Civil Veterinary Department Bengal reports 1923-33 - 1923-1933
Year: 1923
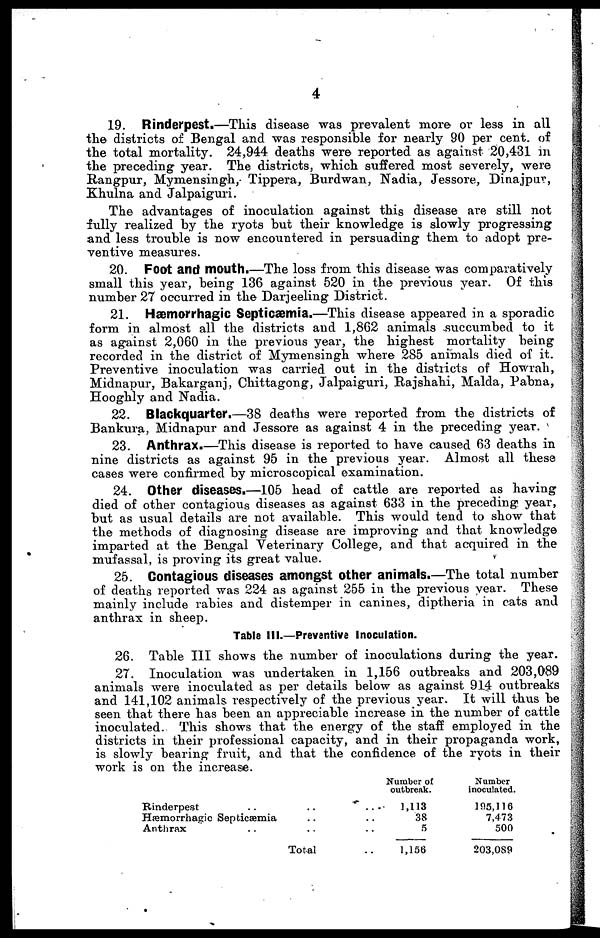
4
19. Rinderpest.—This disease was prevalent more or less in all
the districts of Bengal and was responsible for nearly 90 per cent. of
the total mortality. 24,944 deaths were reported as against 20,431 in
the preceding year. The districts, which suffered most severely, were
Rangpur, Mymensingh, Tippera, Burdwan, Nadia, Jessore, Dinajpur,
Khulna and Jalpaiguri.
The advantages of inoculation against this disease are still not
fully realized by the ryots but their knowledge is slowly progressing
and less trouble is now encountered in persuading them to adopt pre-
ventive measures.
20. Foot and mouth.—The loss from this disease was comparatively
small this year, being 136 against 520 in the previous year. Of this
number 27 occurred in the Darjeeling District.
21. Hæmorrhagic Septicæmia.—This disease appeared in a sporadic
form in almost all the districts and 1,862 animals succumbed to it
as against 2,060 in the previous year, the highest mortality being
recorded in the district of Mymensingh where 285 animals died of it.
Preventive inoculation was carried out in the districts of Howrah,
Midnapur, Bakarganj, Chittagong, Jalpaiguri, Rajshahi, Malda, Pabna,
Hooghly and Nadia.
22. Blackquarter.—38 deaths were reported from the districts of
Bankura, Midnapur and Jessore as against 4 in the preceding year.
23. Anthrax.—This disease is reported to have caused 63 deaths in
nine districts as against 95 in the previous year. Almost all these
cases were confirmed by microscopical examination.
24. Other diseases.—105 head of cattle are reported as having
died of other contagious diseases as against 633 in the preceding year,
but as usual details are not available. This would tend to show that
the methods of diagnosing disease are improving and that knowledge
imparted at the Bengal Veterinary College, and that acquired in the
mufassal, is proving its great value.
25. Contagious diseases amongst other animals.—The total number
of deaths reported was 224 as against 255 in the previous year. These
mainly include rabies and distemper in canines, diptheria in cats and
anthrax in sheep.
Table III.—Preventive Inoculation.
26. Table III shows the number of inoculations during the year.
27. Inoculation was undertaken in 1,156 outbreaks and 203,089
animals were inoculated as per details below as against 914 outbreaks
and 141,102 animals respectively of the previous year. It will thus be
seen that there has been an appreciable increase in the number of cattle
inoculated. This shows that the energy of the staff employed in the
districts in their professional capacity, and in their propaganda work,
is slowly bearing fruit, and that the confidence of the ryots in their
work is on the increase.
Rinderpest ......
Hæmorrhagic Septicæmia..
Anthrax .. ..
Total..
Number of
outbreak.
1,113
38
5
1,156
Number
inoculated.
195,116
7,473
500
203,089